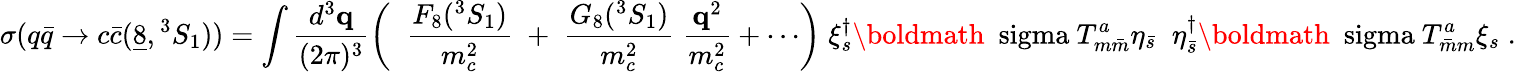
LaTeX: \sigma(q\bar{q}\to c\bar{c}(\underline{{{8}}},{}^{3}S_{1}))=\int\frac{d^{3}{\mathbf q}}{(2\pi)^{3}}\left(\; \; \frac{F_{8}({}^{3}S_{1})}{m_{c}^{2}}\; +\; \frac{G_{8}({}^{3}S_{1})}{m_{c}^{2}}\; \frac{{\mathbf q}^{2}}{m_{c}^{2}}+\cdots\right)\; \xi_{s}^{\dagger}\mathrm{\boldmath~\ sigma~}T_{m\bar{m}}^{a}\eta_{\bar{s}}\; \; \eta_{\bar{s}}^{\dagger}\mathrm{\boldmath~\ sigma~}T_{\bar{m}m}^{a}\xi_{s}\; .